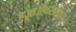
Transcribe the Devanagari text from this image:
हुआ।ऐवरग्लेड्स